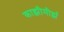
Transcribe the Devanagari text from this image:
काझीमीर्झ